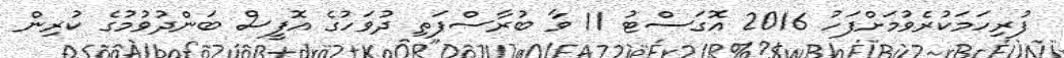
ފުރިހަމަކުރެވުމަށްފަހު 2016 އޮގަސްޓު 11 ވާ ބުރާސްފަތި ދުވަހުގެ އޮފީސް ބަންދުވުމުގެ ކުރިން